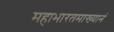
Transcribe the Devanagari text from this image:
महाभारतमाख्यानं